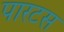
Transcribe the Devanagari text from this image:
पारटस